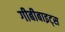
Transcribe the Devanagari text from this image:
गीबीबाइट्स